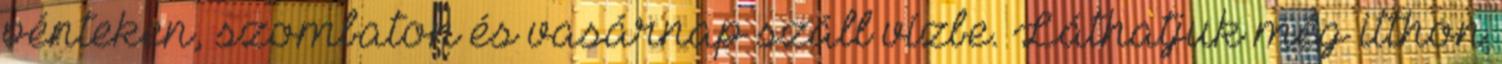
pénteken, szombaton és vasárnap száll vízbe. Láthatjuk még itthon